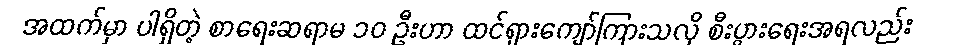
အထက်မှာ ပါရှိတဲ့ စာရေးဆရာမ ၁၀ ဦးဟာ ထင်ရှားကျော်ကြားသလို စီးပွားရေးအရလည်း